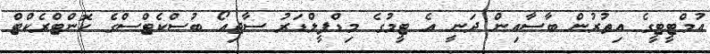
އުމްޓީޓީގެ އިތުރުން ބާސާއިން ދަނީ އެ ޓީމުގެ މިޑްފީލްޑަރު ސާޖިއޯ ބުސްކެޓްސްގެ ކޮންޓްރެކްޓް